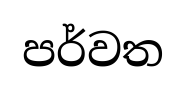
පර්වත